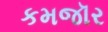
કમજૉર